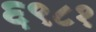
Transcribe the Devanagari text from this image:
६९८१